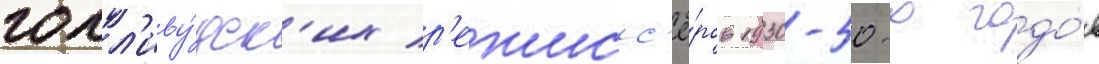
голл'иву́дск'их р'ежисс'ё́ров 1930-50-х годо́в